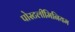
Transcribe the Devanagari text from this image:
पोस्टलीमिनियम